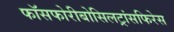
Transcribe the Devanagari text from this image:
फॉसफोरीबोसिलट्रांसफिरेस